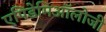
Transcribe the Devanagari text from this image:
एपिडेमिऑलोजी